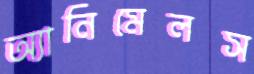
অ্যানিমেলস